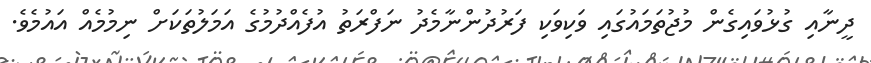
ދީނާއި ގުޅުވައިގެން މުޖުތަމައުގައި ވަކިވަކި ފަރުދުންނާމެދު ނަފްރަތު އުފެއްދުމުގެ އަމަލުތަކަށް ނިމުމެއް އައުމެވެ.